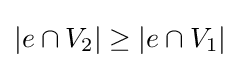
|e\cap V_{2}|\geq |e\cap V_{1}|